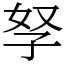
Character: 孥